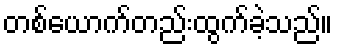
တစ်ယောက်တည်းထွက်ခဲ့သည်။